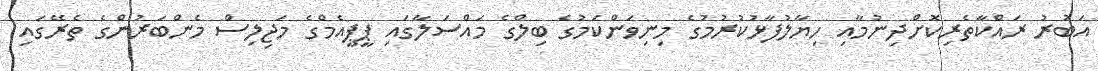
އަބުރު ރައްކާތެރިކޮށްދިނުމާއި ހިޔާލުފާޅުކުރުމުގެ މިނިވަންކަމުގެ ބިލްގެ މައްސަލާގައި ޕީޕީއެމްގެ މަޖިލިސް މެންބަރުންގެ ތެރޭގައި